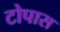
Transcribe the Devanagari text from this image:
टोपास